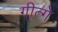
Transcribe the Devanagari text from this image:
गीत्गे